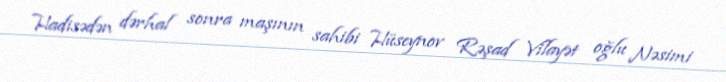
Hadisədən dərhal sonra maşının sahibi Hüseynov Rəşad Vilayət oğlu Nəsimi